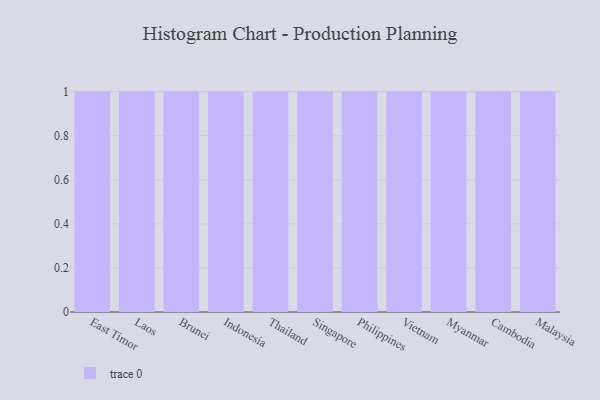
{"axis": {"x": "Country", "y": "Waste Production (Tons)"}, "legend": [""], "data": [{"x": "East Timor", "y": 37, "type": ""}, {"x": "Laos", "y": 58, "type": ""}, {"x": "Brunei", "y": 94, "type": ""}, {"x": "Indonesia", "y": 58, "type": ""}, {"x": "Thailand", "y": 50, "type": ""}, {"x": "Singapore", "y": 92, "type": ""}, {"x": "Philippines", "y": 79, "type": ""}, {"x": "Vietnam", "y": 56, "type": ""}, {"x": "Myanmar", "y": 58, "type": ""}, {"x": "Cambodia", "y": 32, "type": ""}, {"x": "Malaysia", "y": 99, "type": ""}]}